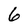
Character: 6